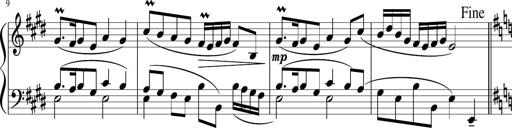
Title: 12 Keyboard Sonatinas
Composer: James Hook